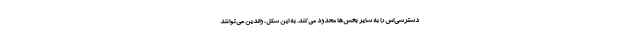
دسترسی‌اش را به سایر بخش‌ها محدود می‌کند. به این شکل، والدین می‌توانند